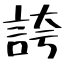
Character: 誇